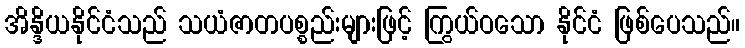
အိန္ဒိယနိုင်ငံသည် သယံဇာတပစ္စည်းများဖြင့် ကြွယ်ဝသော နိုင်ငံ ဖြစ်ပေသည်။